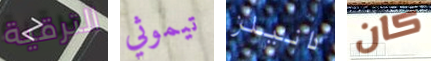
الترقية تيموثي دانيلز كان